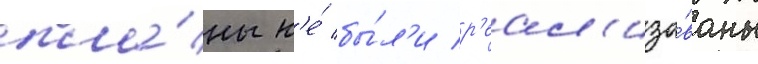
пла́ны н'е́ бы́л'и р'еал'изо́ваны